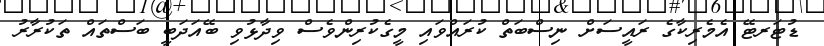
ޑުޓަރޓޭ އެމެރިކާގެ ރައީސަށް ނިސްބަތް ކުރައްވައި މީގެކުރިންވެސް ވިދާޅުވި ބޭއަދަބީ ބަސްތައް ތަކުރާރު